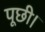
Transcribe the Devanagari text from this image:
पूछी।